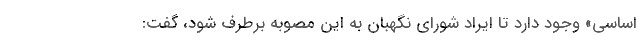
اساسی» وجود دارد تا ایراد شورای نگهبان به این مصوبه برطرف شود، گفت: